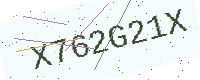
Text: X762G21X